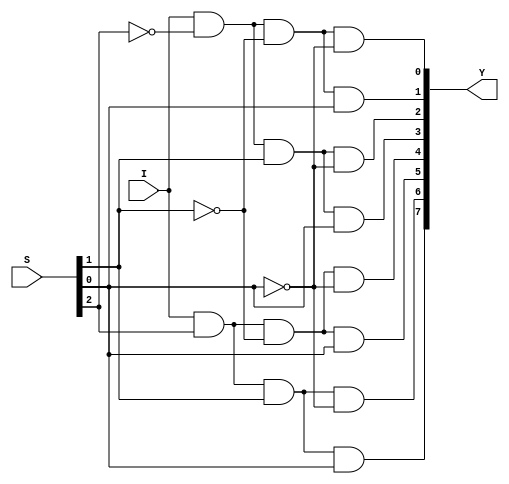
//gate level design
module demux1to8g(I,S,Y);
output [7:0] Y;
input I;
input [2:0] S;
wire S2b,S1b,S0b;
not(S2b,S[2]),(S1b,S[1]),(S0b,S[0]);
and(Y[0],I,S2b,S1b,S0b);
and(Y[1],I,S2b,S1b,S[0]);
and(Y[2],I,S2b,S[1],S0b);
and(Y[3],I,S2b,S[1],S[0]);
and(Y[4],I,S[2],S1b,S0b);
and(Y[5],I,S[2],S1b,S[0]);
and(Y[6],I,S[2],S[1],S0b);
and(Y[7],I,S[2],S[1],S[0]);
endmodule


//data flow design
module demux1to8d(I,S,Y);
output [7:0] Y;
input I;
input [2:0] S;
wire S2b,S1b,S0b;
assign S2b = ~S[2];
assign S1b = ~S[1];
assign S0b = ~S[0];
assign Y[0] = (I & S2b & S1b & S0b);
assign Y[1] = (I & S2b & S1b & S[0]);
assign Y[2] = (I & S2b & S[1] & S0b);
assign Y[3] = (I & S2b & S[1] & S[0]);
assign Y[4] = (I & S[2] & S1b & S0b);
assign Y[5] = (I & S[2] & S1b & S[0]);
assign Y[6] = (I & S[2] & S[1] & S0b);
assign Y[7] = (I & S[2] & S[1] & S[0]);
endmodule